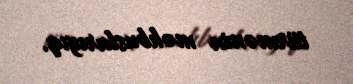
türmənin məhbuslarıyıq.